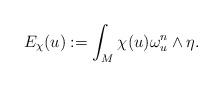
LaTeX: \begin{align*}E_\chi(u):=\int_M \chi(u)\omega^n_u\wedge \eta. \end{align*}